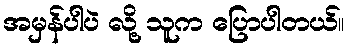
အမှန်ပါပဲ လို့ သူက ပြောပါတယ်။